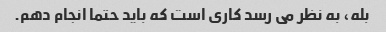
بله، به نظر می رسد کاری است که باید حتما انجام دهم.